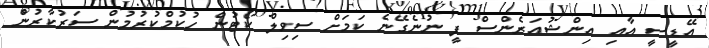
އޭޑީސީ އާއި އިންޝުއަރެންސް ފީ ނުނެގޭނެ ކަމަށް ސިވިލް ކޯޓުން ހުކުމްކުރުމުން ސަރުކާރުން